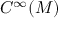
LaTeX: C ^ { \infty } ( M )